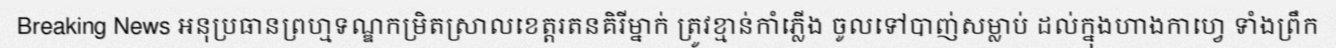
Breaking News អនុប្រធានព្រហ្មទណ្ឌកម្រិតស្រាលខេត្តរតនគិរីម្នាក់ ត្រូវខ្មាន់កាំភ្លើង ចូលទៅបាញ់សម្លាប់ ដល់ក្នុងហាងកាហ្វេ ទាំងព្រឹក